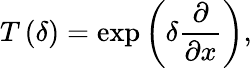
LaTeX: T\left(\delta\right)=\exp\left(\delta\frac{\partial}{\partial x}\right),